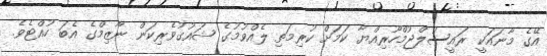
އޭގެ މާނައަކީ ރައީސުލްޖުމްހޫރިއްޔާ ކަމަށް ކުރިމަތި ލެއްވުމުގެ ޝައުގުވެރިކަން ނާޒިމްގެ އެބަ ހުއްޓެވެ.